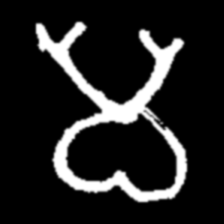
Pyu character \u2014 Myanmar letter: မ (romanized: ma)